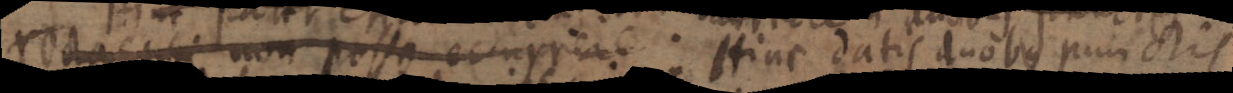
rectas sibi non posse occurrere. Hinc datis duobus punctis